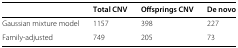
|  | Total CNV | Offsprings CNV | De novo |
 | --- | --- | --- | --- |
 | Gaussian mixture model | 1157 | 398 | 227 |
 | Family-adjusted | 749 | 205 | 73 |